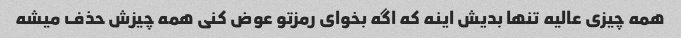
همه چیزی عالیه تنها بدیش اینه که اگه بخوای رمزتو عوض کنی همه چیزش حذف میشه